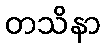
တသိနာ